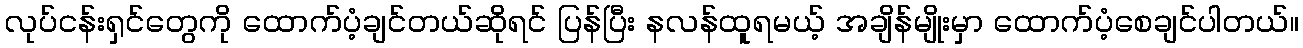
လုပ်ငန်းရှင်တွေကို ထောက်ပံ့ချင်တယ်ဆိုရင် ပြန်ပြီး နလန်ထူရမယ့် အချိန်မျိုးမှာ ထောက်ပံ့စေချင်ပါတယ်။